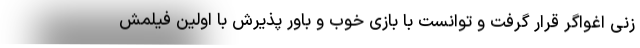
زنی اغواگر قرار گرفت و توانست با بازی خوب و باور پذيرش با اولين فيلمش